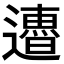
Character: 𨘜